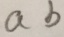
a b